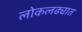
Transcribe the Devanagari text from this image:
लोकलढ्यात